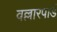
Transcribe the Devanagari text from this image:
वल्लारपाडं